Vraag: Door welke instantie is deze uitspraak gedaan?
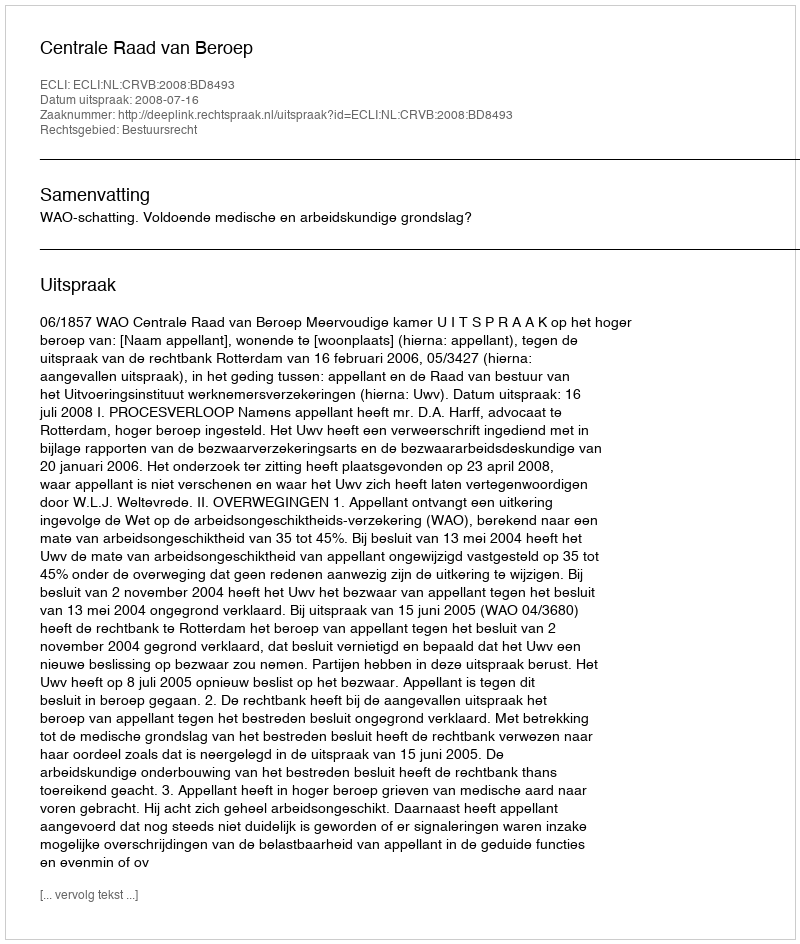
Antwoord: Centrale Raad van Beroep